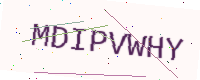
Text: MDIPVWHY